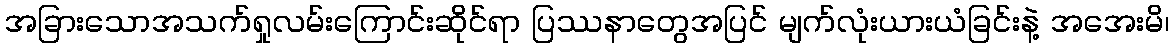
အခြားသောအသက်ရှုလမ်းကြောင်းဆိုင်ရာ ပြဿနာတွေအပြင် မျက်လုံးယားယံခြင်းနဲ့ အအေးမိ၊